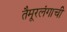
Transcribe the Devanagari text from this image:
तैमूरलंगाची